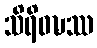
သိရိဝဍ္ဎဿ